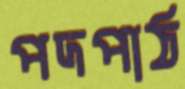
পদপাঠ